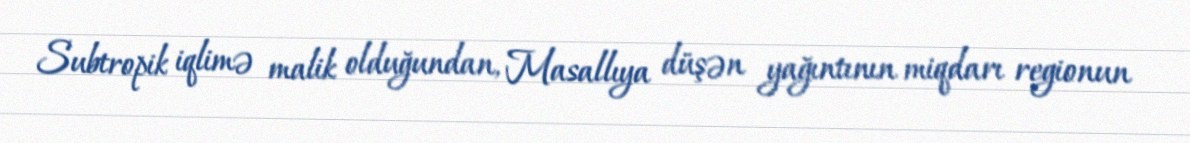
Subtropik iqlimə malik olduğundan, Masallıya düşən yağıntının miqdarı regionun